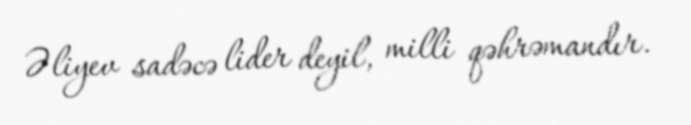
Əliyev sadəcə lider deyil, milli qəhrəmandır.